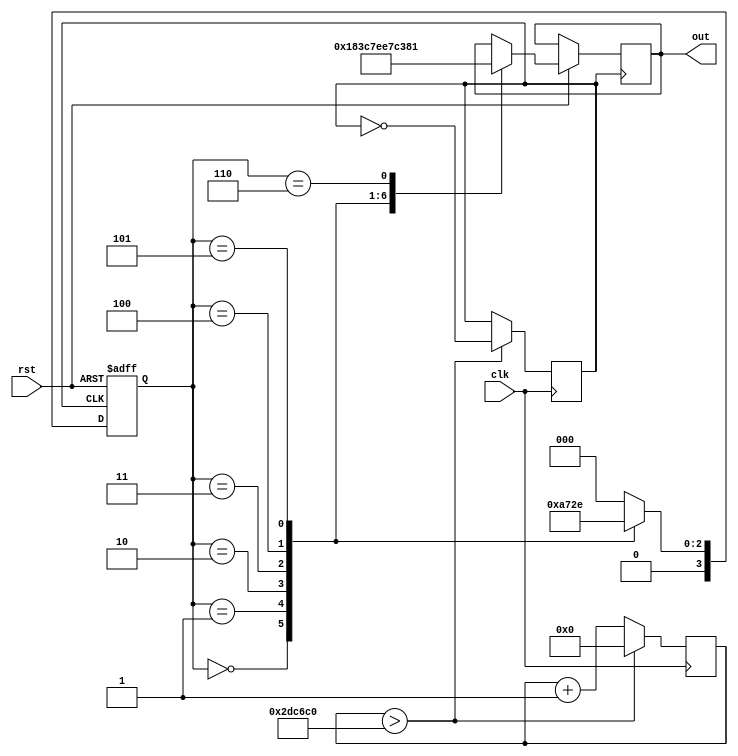
// Free running state machine

`timescale 1ps / 1ps
module top(clk,rst,out);

input clk, rst;
output reg [7:0] out;

reg [3:0]state;
reg [21:0] count;
reg clk1;

initial clk1 = 1'b0;
parameter  S0 = 4'd0, S1 = 4'd1, S2 = 4'd2, S3 = 4'd3, S4 = 4'd4, S5 = 4'd5, S6 = 4'd6;

always@(posedge clk1 or negedge rst ) begin
  if(~rst) begin
     state   <=   S0;

  end else begin
     case(state)
     S0:   begin
            out   <= 8'b00000000;
            state <= S1;
           end
     S1:   begin
            out   <= 8'b00011000;
            state <= S2;
           end
     S2:   begin
            out   <= 8'b00111100;
            state <= S3;
           end
     S3:   begin
            out   <= 8'b01111110;
            state <= S4;
           end
     S4:   begin
            out   <= 8'b11100111;
            state <= S5;
           end
     S5:   begin
            out   <= 8'b11000011;
            state <= S6;
           end
     S6:   begin
            out   <= 8'b10000001;
            state <= S0;
           end
      default: state <= S0;
   endcase
  end
end


 always @ ( posedge clk ) begin
      count <= count + 1'b1;
      if (count > 22'd3000000) begin
         count <= 22'd0;
         clk1  <= ~clk1;
       end
 end
endmodule